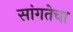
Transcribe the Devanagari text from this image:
सांगतेचा